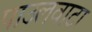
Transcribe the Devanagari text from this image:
पाउलवाटा